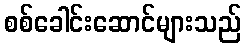
စစ်ခေါင်းဆောင်များသည်